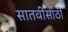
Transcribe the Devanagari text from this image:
सातवीसाठी